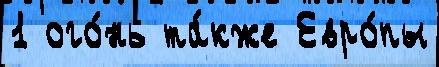
1 ого́нь та́кже Евро́пы